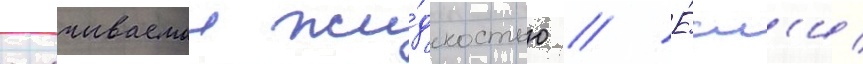
смачиваемои жи́дкостью // Е́сл'и